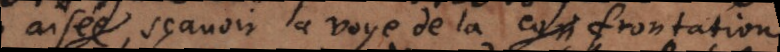
aisée sçavoir la voye de la confrontation,